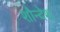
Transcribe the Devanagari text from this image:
शौन्देश